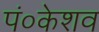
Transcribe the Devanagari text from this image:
पं०केशव